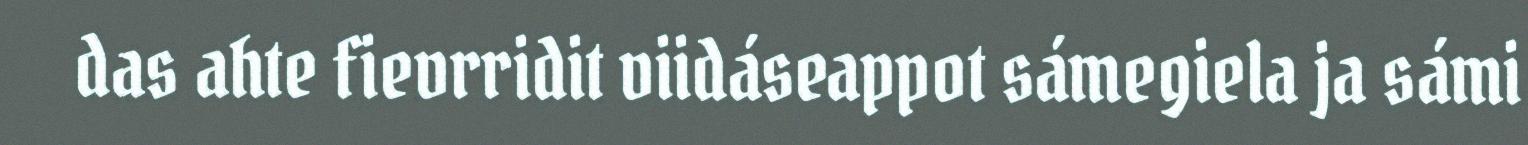
das ahte fievrridit viidáseappot sámegiela ja sámi